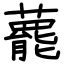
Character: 藣